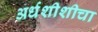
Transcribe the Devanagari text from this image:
अर्धशीशीचा